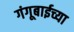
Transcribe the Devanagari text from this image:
गंगूबाईच्या